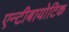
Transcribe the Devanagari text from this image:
एन्टीबायोटिक